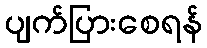
ပျက်ပြားစေရန်